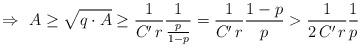
LaTeX: \begin{align*} \Rightarrow \ A \geq \sqrt{q \cdot A} \geq \frac{1}{C' \, r} \frac{1}{\frac{p}{1-p}} = \frac{1}{C' \, r} \frac{1-p}{p} > \frac{1}{2 \, C' \, r} \frac{1}{p} \end{align*}